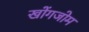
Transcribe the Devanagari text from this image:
खोंगजोम